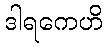
ဒါရကေဟိ